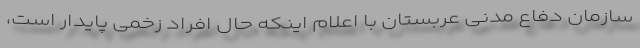
سازمان دفاع مدنی عربستان با اعلام اینکه حال افراد زخمی پایدار است،